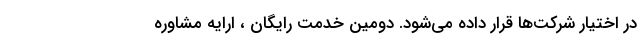
در اختیار شرکت‌ها قرار داده می‌شود. دومین خدمت رایگان ، ارایه مشاوره